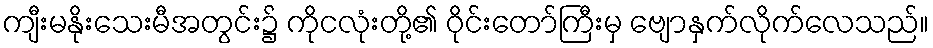
ကျီးမနိုးသေးမီအတွင်း၌ ကိုငလုံးတို့၏ ဝိုင်းတော်ကြီးမှ ဗျောနှက်လိုက်လေသည်။